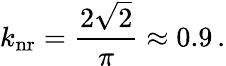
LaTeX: k_{\mathrm{nr}}=\frac{2\sqrt{2}}{\pi}\approx 0.9\, .